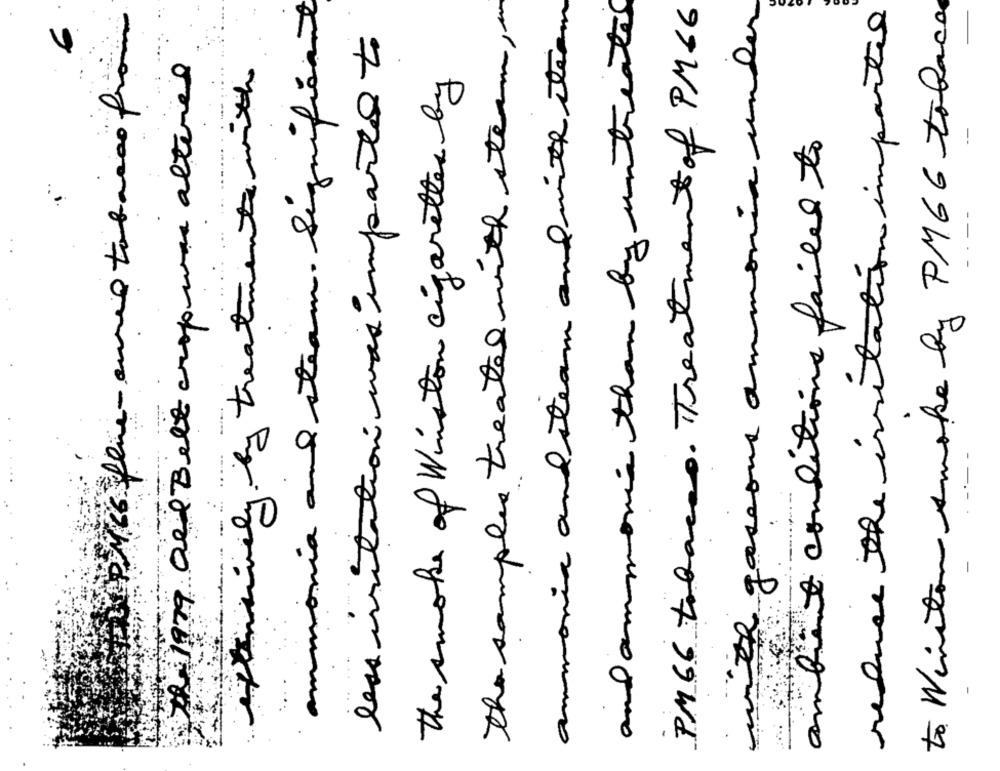
ammonia and steam. Significant
the samples treated with steam, w
ammonia and steam and with steam
and ammonia than by untreated
PM66 tobacas. ITreatment of PM66
reduce the irritation imported
to Winston smoke by PM66 tolaca
with gaseous ammonia under
PERMes flue- euro tobacco from
less invitation was imparta to
the 1979 Ore Belt cropwas altered
The smoke of Winston cigarettes by
ambient conditions failed to